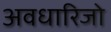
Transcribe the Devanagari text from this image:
अवधारिजो